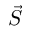
\vec { S }